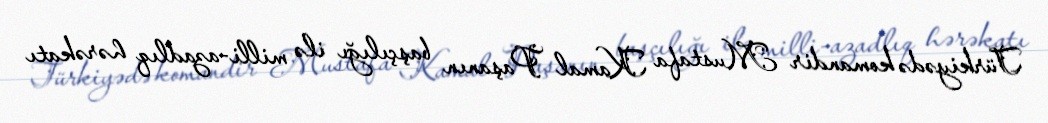
Türkiyədə komandir Mustafa Kamal Paşanın başçılığı ilə milli-azadlıq hərəkatı